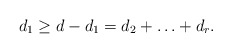
\begin{align*}d_1 \ge d - d_1 = d_2 +\ldots + d_r. \end{align*}